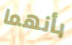
بأنهما